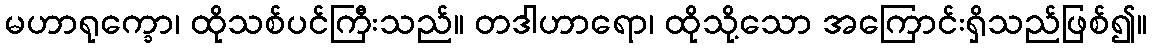
မဟာရုက္ခော၊ ထိုသစ်ပင်ကြီးသည်။ တဒါဟာရော၊ ထိုသို့သော အကြောင်းရှိသည်ဖြစ်၍။